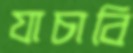
যাচাবি